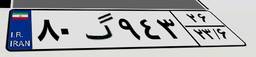
۸۰گ۹۴۳۲۶